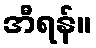
အီရန်။